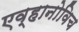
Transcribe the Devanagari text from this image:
एव्हानोविच